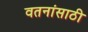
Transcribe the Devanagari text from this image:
वतनांसाठी